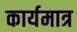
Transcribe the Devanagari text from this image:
कार्यमात्र